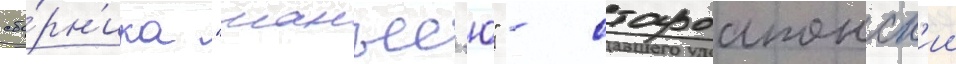
сбо́рн'ика "манъес'ю" - староапонск'ии